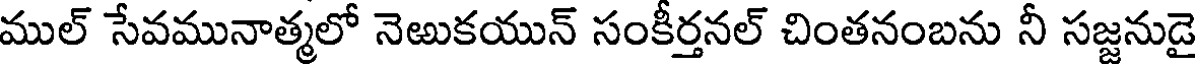
ముల్ సేవమునాత్మలో నెఱుకయున్ సంకీర్తనల్ చింతనంబను నీ సజ్జనుడై